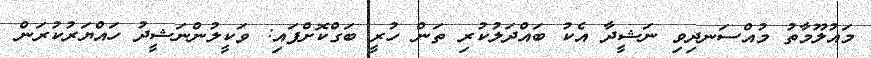
މައުލޫމާތު މުއްސަނދިވި ނަޝީދާ އެކު ބައްދަލުކުރި ތަން ހުރީ ބަގްކޮށްފައި: ވަކީލުންނަޝީދު ހައްޔަރުކުރަން